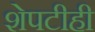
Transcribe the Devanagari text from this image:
शेपटीही